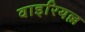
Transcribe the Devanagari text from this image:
वाइरियल्ल